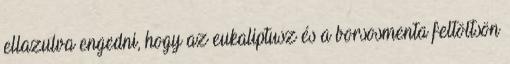
ellazulva engedni, hogy az eukaliptusz és a borsosmenta feltöltsön